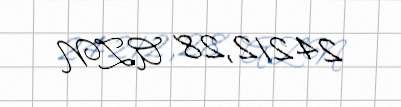
24212,28 AZN